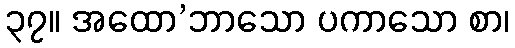
၃၇။ အထော’ဘာသော ပကာသော စာ၊